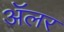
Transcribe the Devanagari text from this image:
ॲलर